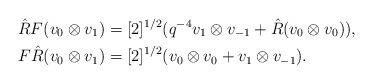
LaTeX: \begin{align*}\hat{R}F(v_{0}\otimes v_{1}) & =[2]^{1/2}(q^{-4}v_{1}\otimes v_{-1}+\hat{R}(v_{0}\otimes v_{0})),\\F\hat{R}(v_{0}\otimes v_{1}) & =[2]^{1/2}(v_{0}\otimes v_{0}+v_{1}\otimes v_{-1}).\end{align*}